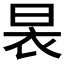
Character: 𮲢